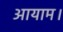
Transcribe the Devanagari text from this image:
आयाम।